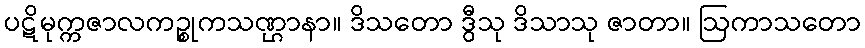
ပဋိမုက္ကဇာလကဉ္စုကသဏ္ဌာနာ။ ဒိသတော ဒွီသု ဒိသာသု ဇာတာ။ ဩကာသတော